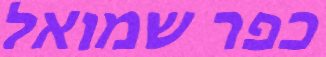
כפר שמואל